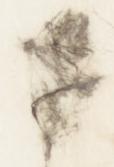
中